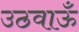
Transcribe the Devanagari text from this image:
उठवाऊँ